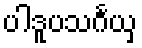
ပါဒူပသင်္ဂယှ